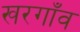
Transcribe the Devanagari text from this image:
खरगाँव